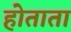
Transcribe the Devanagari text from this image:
होताता